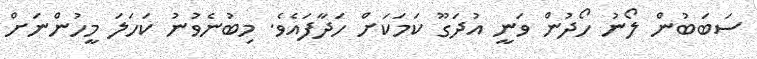
ސަބަބުން ލޯނު ހޯދުން ވަނީ އުދަގޫ ކަމަކަށް ހަދާފައެވެ. މިބުނެވުނު ކަހަލަ މީހުންނަށް